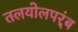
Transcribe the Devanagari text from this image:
तलयोलपर्ंब